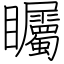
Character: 矚